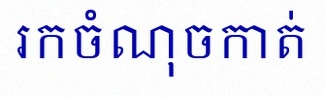
រកចំណុចកាត់